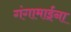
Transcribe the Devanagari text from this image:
गंगामाईना